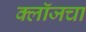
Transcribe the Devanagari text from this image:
क्लॉजचा